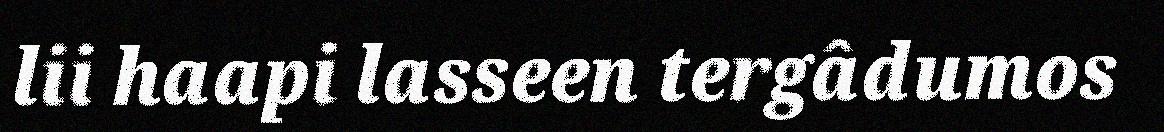
lii haapi lasseen tergâdumos